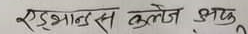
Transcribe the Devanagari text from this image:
एडभान्स कलेज लक्ष्मण